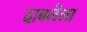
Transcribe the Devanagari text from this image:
दाबलेला